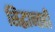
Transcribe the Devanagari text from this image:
सिद्धान्तही